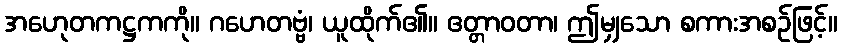
အဟေုတကဋ္ဌကကို။ ဂဟေတဗ္ဗံ၊ ယူထိုက်၏။ ဧတ္တာဝတာ၊ ဤမျှသော စကားအစဉ်ဖြင့်။